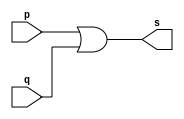
//------------------------- 
// Exemplo0004 - OR 
// Nome: Lucas Siqueira Chagas 
// ------------------------- 
// ------------------------- 
// -- or gate 
// ------------------------- 
module orgate ( output s, 
input p, q); 
assign s = p | q; 
endmodule // orgate 
// --------------------- 
// -- test or gate 
// --------------------- 
module testorgate; 
// ------------------------- dados locais 
reg a, b; // definir registradores 
wire s; // definir conexao (fio) 
// ------------------------- instancia 
orgate OR1 (s, a, b); 
// ------------------------- preparacao 
initial begin:start 
// atribuicao simultanea 
// dos valores iniciais 
a=0; b=0; 
end 
// ------------------------- parte principal 
initial begin 
$display("Exemplo0004 - Lucas Siqueira Chagas - 380783"); 
$display("Test OR gate"); 
$display("\na OR b = s\n");  //linha alterada
a=0; b=0; 
#1 $display("%b OR %b = %b", a, b, s);  //linha alterada
a=0; b=1; 
#1 $display("%b OR %b = %b", a, b, s);  //linha alterada
a=1; b=0; 
#1 $display("%b OR %b = %b", a, b, s);  //linha alterada
a=1; b=1; 
#1 $display("%b OR %b = %b", a, b, s);  //linha alterada
end 
endmodule // testorgate